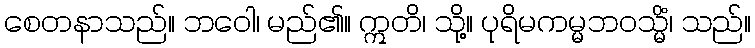
စေတနာသည်။ ဘဝေါ၊ မည်၏။ ဣတိ၊ သို့။ ပုရိမကမ္မဘဝသ္မိံ၊ သည်။